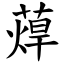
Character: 蔊